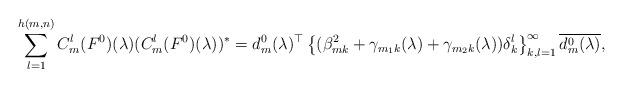
LaTeX: \begin{align*} \sum_{l=1}^{h(m,n)}C_{m}^{l}(F^{0})(\lambda)(C_{m}^{l}(F^{0})(\lambda))^{*}=d_{m}^{0} (\lambda )^{\top} \left\{(\beta _{mk}^{2} +\gamma _{m_{1}k} (\lambda )+\gamma _{m_{2}k} (\lambda ))\delta _k^l \right\}_{k,l=1}^{\infty} \overline{d_{m}^{0} (\lambda )},\end{align*}